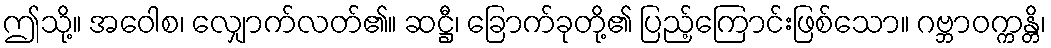
ဤသို့။ အဝေါစ၊ လျှောက်လတ်၏။ ဆဋ္ဌီ၊ ခြောက်ခုတို့၏ ပြည့်ကြောင်းဖြစ်သော။ ဂဗ္ဘာဝက္ကန္တိ၊